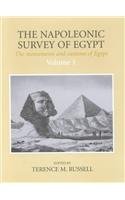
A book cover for The Napoleonic Survey of Egypt: Description De L'Egypte : The Monuments and Customs of Egypt : Selected Engravings and Texts (Volume 1 & 2); Terence M. Russell; Travel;